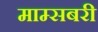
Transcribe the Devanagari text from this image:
माम्सबरी